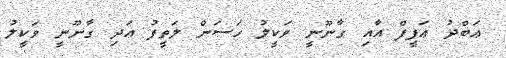
ޢަބްދު ޢަފީފް އާއި ގާނޫނީ ވަކީލު ހަސަން ލަތީފު އަދި ގާނޫނީ ވަކީލު